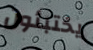
يختبئون